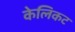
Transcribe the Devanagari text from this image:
केलिकट